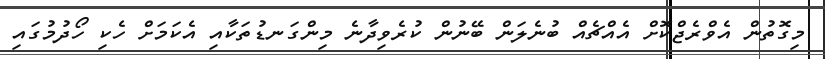
މިގޮތުން އެވްރެޖްކޮށް އެއްޗެއް ބުނެލަން ބޭނުން ކުރެވިދާނެ މިންގަނޑުތަކާއި އެކަމަށް ހެކި ހޯދުމުގައި